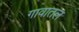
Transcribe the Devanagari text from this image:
गावातल